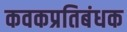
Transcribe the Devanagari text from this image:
कवकप्रतिबंधक